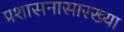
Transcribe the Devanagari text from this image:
प्रशासनासारख्या